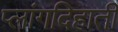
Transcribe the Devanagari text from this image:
प्लांगदिहाती